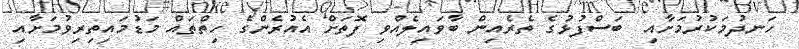
ހަނދުމަކުރުމަށާއި  ބަސްފުޅުގެ ތެރެއިން ބާވައިލެއްވި ފޮތަށް އެއުރެންގެ ހިތްތައް މަޑުމައިތިރިވުމަށާއި